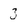
Character: 3